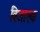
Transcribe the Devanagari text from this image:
विजाएक